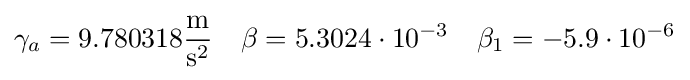
\gamma _{a}=9{.}780318{\frac {\mathrm {m} }{\mathrm {s} ^{2}}}\quad \beta =5{.}3024\cdot 10^{-3}\quad \beta _{1}=-5{.}9\cdot 10^{-6}